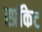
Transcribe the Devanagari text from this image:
स्प्रॉकेट